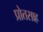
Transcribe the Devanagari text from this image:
प्रोतसाह